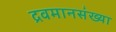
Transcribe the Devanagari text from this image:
द्रवमानसंख्या